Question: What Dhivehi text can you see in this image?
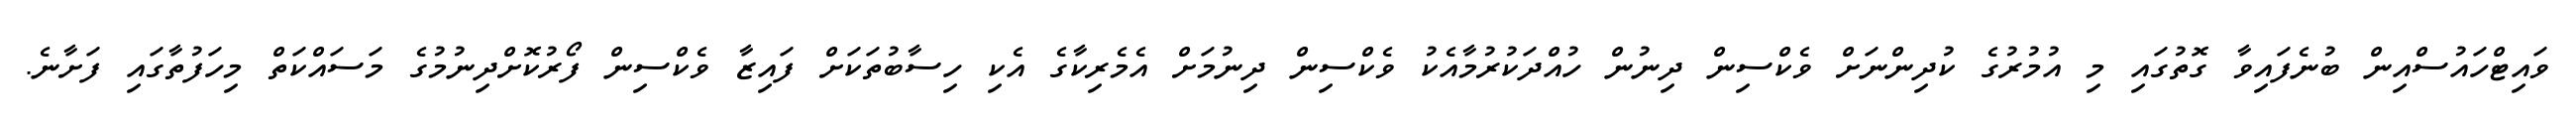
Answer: ވައިޓްހައުސްއިން ބުނެފައިވާ ގޮތުގައި މި އުމުރުގެ ކުދިންނަށް ވެކްސިން ދިނުން ހުއްދަކުރުމާއެކު ވެކްސިން ދިނުމަށް އެމެރިކާގެ އެކި ހިސާބުތަކަށް ފައިޒާ ވެކްސިން ފޯރުކޮށްދިނުމުގެ މަސައްކަތް މިހަފުތާގައި ފަށާނެ.